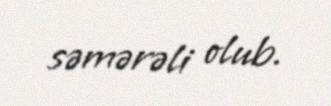
səmərəli olub.